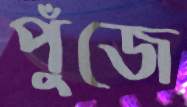
পুঁজে